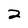
Character: 2